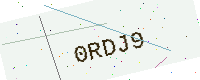
Text: 0RDJ9